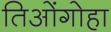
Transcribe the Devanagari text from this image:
तिओंगोहा